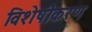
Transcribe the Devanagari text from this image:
विशेषीेकरण